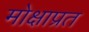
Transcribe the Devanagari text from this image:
मोक्षाप्रत